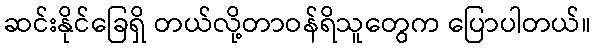
ဆင်းနိုင်ခြေရှိ တယ်လို့တာဝန်ရိသူတွေက ပြောပါတယ်။